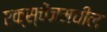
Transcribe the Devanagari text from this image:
एक्स्चेंजमधील